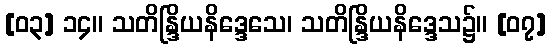
[၀၃] ၁၄။ သတိန္ဒြိယနိဒ္ဒေသေ၊ သတိန္ဒြိယနိဒ္ဒေသ၌။ [၀၇]